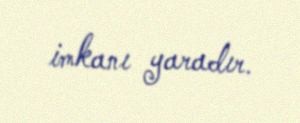
imkanı yaradır.